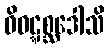
ဝိဝဋ္ဋစ္ဆဒေါသိ